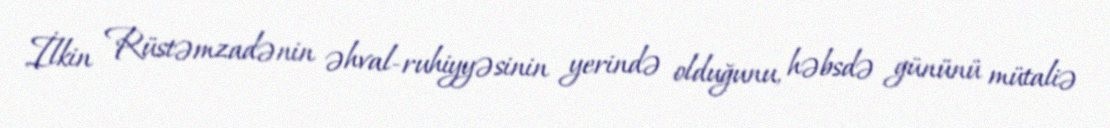
İlkin Rüstəmzadənin əhval-ruhiyyəsinin yerində olduğunu, həbsdə gününü mütaliə